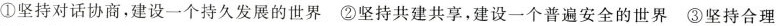
①坚持对话协商，建设一个持久发展的世界 ②坚持共建共享，建设一个普遍安全的世界 ③坚持合理